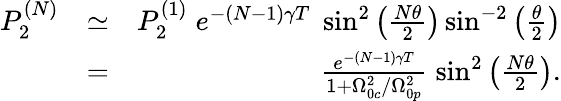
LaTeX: \begin{array}{rlr}{P_{2}^{(N)}}&{\simeq}&{P_{2}^{(1)}\; e^{-(N-1)\gamma T}\; \sin^{2}\left(\frac{N\theta}{2}\right)\sin^{-2}\left(\frac{\theta}{2}\right)}\\ &{=}&{\frac{e^{-(N-1)\gamma T}}{1+\Omega_{0c}^{2}/\Omega_{0p}^{2}}\; \sin^{2}\left(\frac{N\theta}{2}\right).}\end{array}